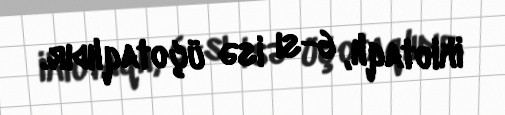
ikiotaqlı, 6-sı isə üçotaqlıdır.